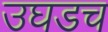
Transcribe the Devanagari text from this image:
उघडच